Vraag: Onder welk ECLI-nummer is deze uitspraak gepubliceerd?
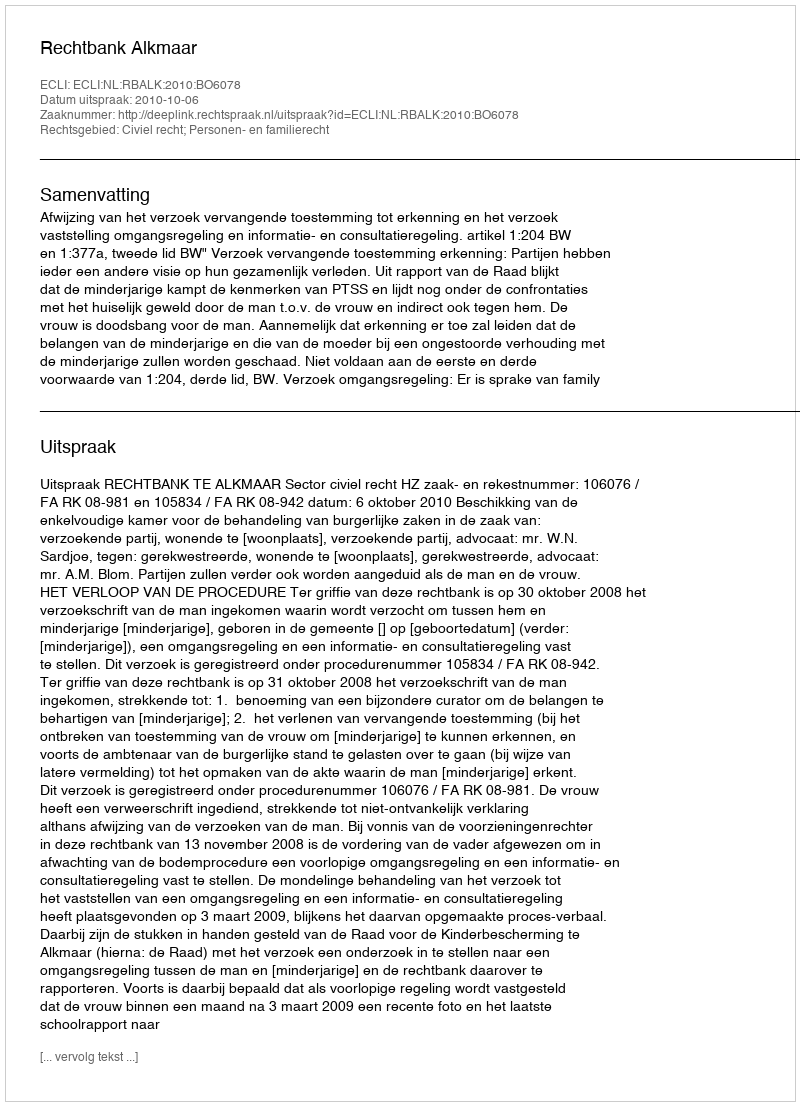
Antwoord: ECLI:NL:RBALK:2010:BO6078